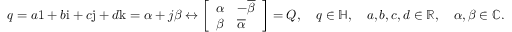
q = a \mathrm { 1 } + b \mathrm { i } + c \mathrm { j } + d \mathrm { k } = \alpha + j \beta \leftrightarrow { \left[ \begin{array} { l l } { \alpha } & { - { \overline { { \beta } } } } \\ { \beta } & { { \overline { { \alpha } } } } \end{array} \right] } = Q , \quad q \in \mathbb { H } , \quad a , b , c , d \in \mathbb { R } , \quad \alpha , \beta \in \mathbb { C } .